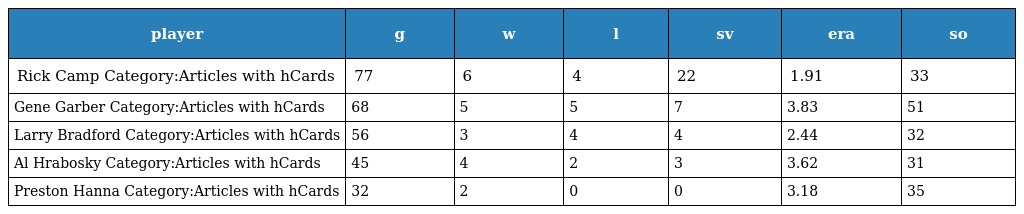
| player | g | w | l | sv | era | so |
 | --- | --- | --- | --- | --- | --- | --- |
 | Rick Camp Category:Articles with hCards | 77 | 6 | 4 | 22 | 1.91 | 33 |
 | Gene Garber Category:Articles with hCards | 68 | 5 | 5 | 7 | 3.83 | 51 |
 | Larry Bradford Category:Articles with hCards | 56 | 3 | 4 | 4 | 2.44 | 32 |
 | Al Hrabosky Category:Articles with hCards | 45 | 4 | 2 | 3 | 3.62 | 31 |
 | Preston Hanna Category:Articles with hCards | 32 | 2 | 0 | 0 | 3.18 | 35 |